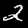
Label: 2